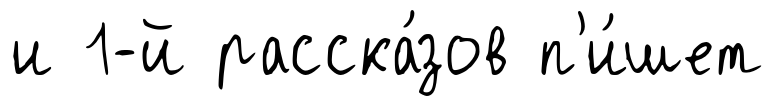
и 1-й расска́зов п'и́шет